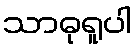
သာဓုရူပါ